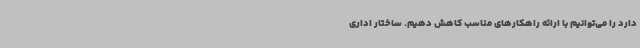
دارد را می‌توانیم با ارائه راهکارهای مناسب کاهش دهیم. ساختار اداری